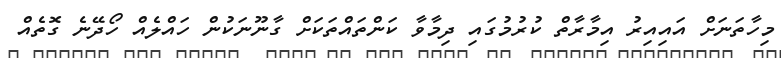
މިހާތަނަށް އައިއިރު އިމާރާތް ކުރުމުގައި ދިމާވާ ކަންތައްތަކަށް ގާނޫނަކުން ހައްލެއް ހޯދޭނެ ގޮތެއް